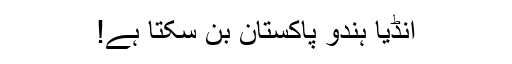
انڈیا ہندو پاکستان بن سکتا ہے!